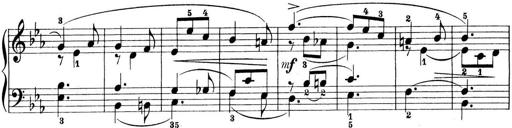
Title: Preis-Sonatine
Composer: Ernst James Bremner